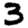
Digit: 3